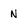
Character: N